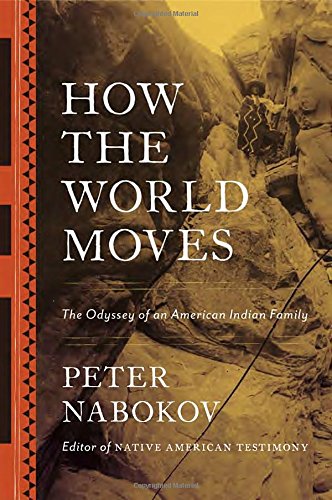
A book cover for How the World Moves: The Odyssey of an American Indian Family; Peter Nabokov; History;